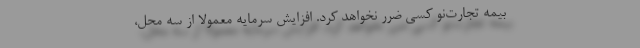
بیمه تجارت‌نو کسی ضرر نخواهد کرد. افزایش سرمایه معمولا از سه محل،